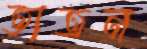
তাতন